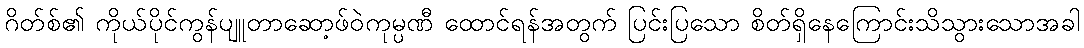
ဂိတ်စ်၏ ကိုယ်ပိုင်ကွန်ပျူတာဆော့ဖ်ဝဲကုမ္ပဏီ ထောင်ရန်အတွက် ပြင်းပြသော စိတ်ရှိနေကြောင်းသိသွားသောအခါ